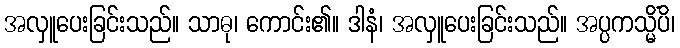
အလှူပေးခြင်းသည်။ သာဓု၊ ကောင်း၏။ ဒါနံ၊ အလှူပေးခြင်းသည်။ အပ္ပကသ္မိံပိ၊